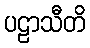
ပဠာသီတိ